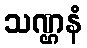
သဏ္ဌနံ